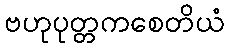
ဗဟုပုတ္တကစေတိယံ